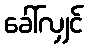
ခေါ်လျှင်